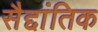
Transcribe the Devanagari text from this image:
सैद्दांतिक